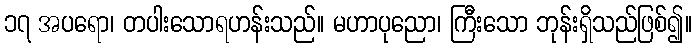
၁၇ အပရော၊ တပါးသောရဟန်းသည်။ မဟာပုညော၊ ကြီးသော ဘုန်းရှိသည်ဖြစ်၍။